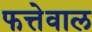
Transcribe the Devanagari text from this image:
फत्तेवाल